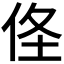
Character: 𠈬